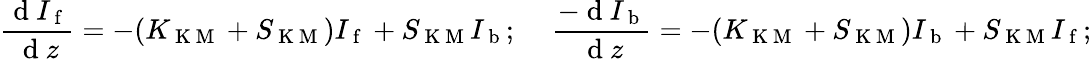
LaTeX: \frac{\mathrm{~d~}I_{\mathrm{~f~}}}{\mathrm{~d~}z}=-(K_{\mathrm{~K~M~}}+S_{\mathrm{~K~M~}})I_{\mathrm{~f~}}+S_{\mathrm{~K~M~}}I_{\mathrm{~b~}};\, \, \, \, \, \, \, \frac{-\mathrm{~d~}I_{\mathrm{~b~}}}{\mathrm{~d~}z}=-(K_{\mathrm{~K~M~}}+S_{\mathrm{~K~M~}})I_{\mathrm{~b~}}+S_{\mathrm{~K~M~}}I_{\mathrm{~f~}};